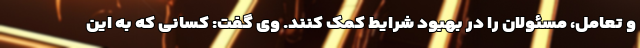
و تعامل، مسئولان را در بهبود شرایط کمک کنند. وی گفت: کسانی که به این